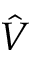
\hat { V }